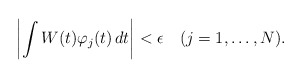
\begin{align*}\left| \int W(t)\varphi_j(t)\, dt \right| < \epsilon \quad(j=1,\ldots, N) .\end{align*}